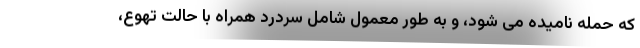
که حمله نامیده می شود، و به طور معمول شامل سردرد همراه با حالت تهوع،